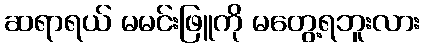
ဆရာရယ် မမင်းဖြူကို မတွေ့ရဘူးလား